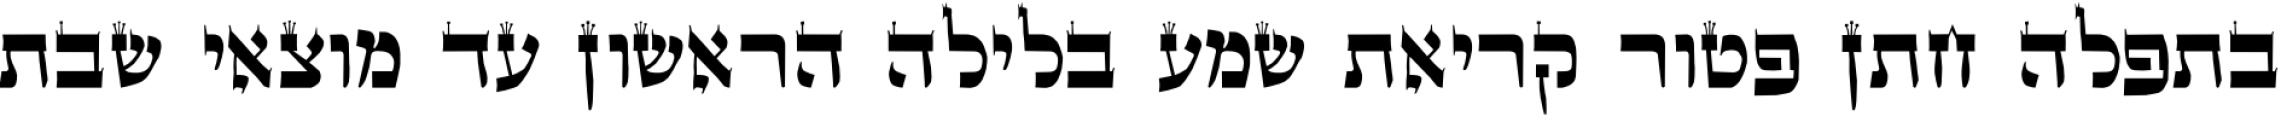
בתפלה חתן פטור קריאת שמע בלילה הראשון עד מוצאי שבת